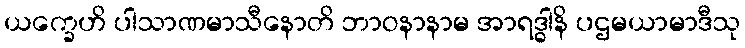
ယက္ခေဟိ ပါသာဏမာသီနောတိ ဘာဝနာနာမ အာရဒ္ဓါနိ ပဌမယာမာဒီသု